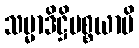
သမ္မာဒိဋ္ဌိပစ္စယာပိ